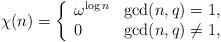
LaTeX: \begin{align*}\chi(n)=\left \{ \begin{array}{ll}\omega^{\log n} & \gcd(n,q)=1,\\0 & \gcd (n,q)\neq 1, \end{array} \right .\end{align*}